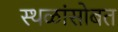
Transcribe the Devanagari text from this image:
स्थळांसोबत